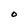
Character: O